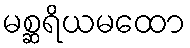
မစ္ဆရိယမထော